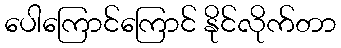
ပေါကြောင်ကြောင် နိုင်လိုက်တာ